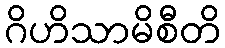
ဂိဟိသာမိစီတိ